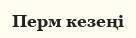
Перм кезеңі